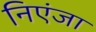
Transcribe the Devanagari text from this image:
निएंजा